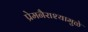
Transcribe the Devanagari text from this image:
प्रेमनैराश्‍यामुळे